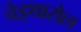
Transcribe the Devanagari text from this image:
चेइथारोल